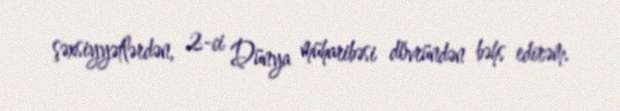
şəxsiyyətlərdən, 2-ci Dünya müharibəsi dövründən bəhs edirəm.